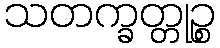
သတက္ခတ္တုဉ္စ